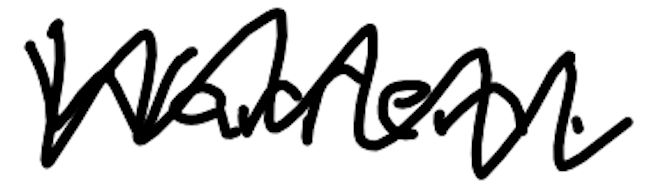
Text: Warren.
Cross-out: zig-zag
Writing tool: digital_black